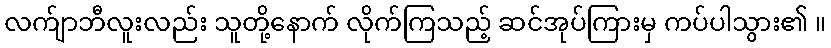
လက်ျာဘီလူးလည်း သူတို့နောက် လိုက်ကြသည့် ဆင်အုပ်ကြားမှ ကပ်ပါသွား၏ ။